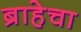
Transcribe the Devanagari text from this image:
ब्राहेचा